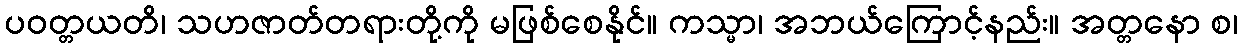
ပဝတ္တယတိ၊ သဟဇာတ်တရားတို့ကို မဖြစ်စေနိုင်။ ကသ္မာ၊ အဘယ်ကြောင့်နည်း။ အတ္တနော စ၊